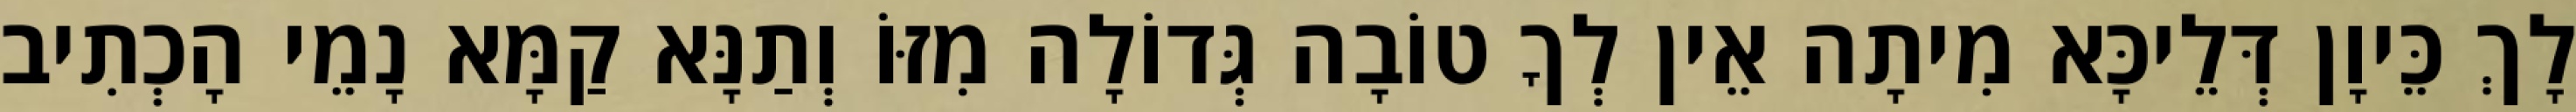
לָךְ כֵּיוָן דְּלֵיכָּא מִיתָה אֵין לְךָ טוֹבָה גְּדוֹלָה מִזּוֹ וְתַנָּא קַמָּא נָמֵי הָכְתִיב